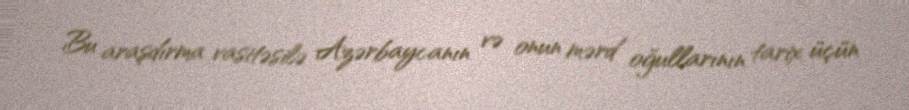
Bu araşdırma vasitəsilə Azərbaycanın və onun mərd oğullarının tarix üçün